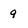
Character: 9